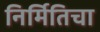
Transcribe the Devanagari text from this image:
निर्मितिचा